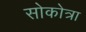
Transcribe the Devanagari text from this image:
सोकोत्रा